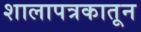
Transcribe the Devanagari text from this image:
शालापत्रकातून